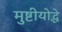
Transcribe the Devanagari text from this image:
मुष्टीयोद्धे